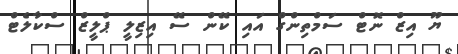
ޔޫ އިޒް ނޮޓް ސަމްތިންގް އައި ކޭން ސޭ އިޒިލީ ޕްލީޒް ސްކާލެޓް